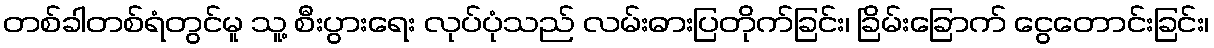
တစ်ခါတစ်ရံတွင်မူ သူ့ စီးပွားရေး လုပ်ပုံသည် လမ်းဓားပြတိုက်ခြင်း၊ ခြိမ်းခြောက် ငွေတောင်းခြင်း၊